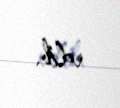
edib.